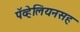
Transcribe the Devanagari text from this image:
पॅव्हेलियनसह